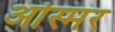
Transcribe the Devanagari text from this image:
ओस्मर